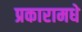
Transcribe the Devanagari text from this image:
प्रकारामधे